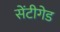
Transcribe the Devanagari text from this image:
सेंटीगेड